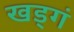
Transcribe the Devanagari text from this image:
खड्गं